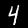
Label: 4